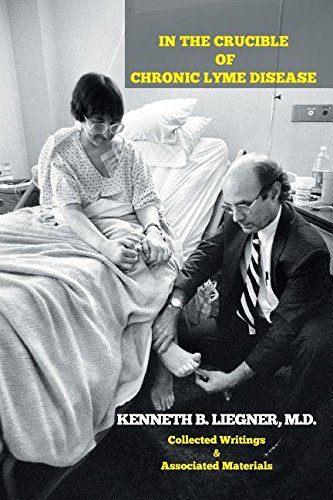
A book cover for In the Crucible of Chronic Lyme Disease: Collected Writings & Associated Materials; M.D. Kenneth B. Liegner; Literature & Fiction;